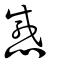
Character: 感